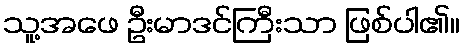
သူ့အဖေ ဦးမာဒင်ကြီးသာ ဖြစ်ပါ၏။